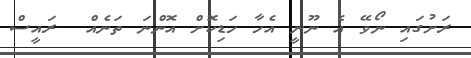
ރަށުގައި ނޯވޭ އެ ނޫނީ އެހާ ހަޑިކޮށް އޮންނަ ތަނެއް  ރައީސް